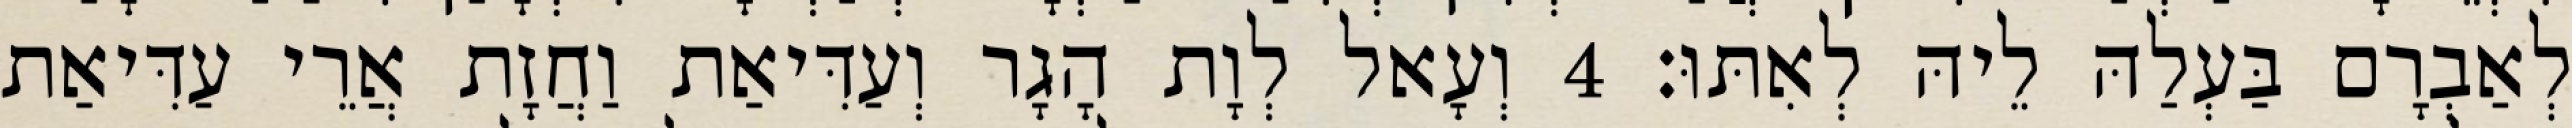
לְאַבְרָם בַּעְלַהּ לֵיהּ לְאִתּוּ׃ 4 וְעָאל לְוָת הָגָר וְעַדִּיאַת וַחֲזָת אֲרֵי עַדִּיאַת